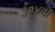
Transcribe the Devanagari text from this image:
३१४वॉ